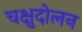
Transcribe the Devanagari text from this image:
चक्षुदोलन